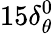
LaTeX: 15{\delta_{\theta}^{0}}